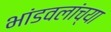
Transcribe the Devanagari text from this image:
भांडवलांच्या